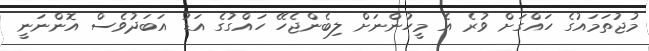
މުޖުތަމައުގެ ހައްގަށް ވުރެ އެ މީހުންނަށް ލިބެންޖެހޭ ހައްގުގެ އަޑު އަބަދުވެސް އޮންނަނީ